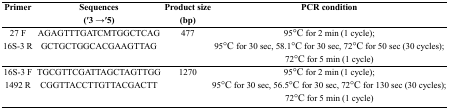
<table><thead><tr><td><b>Primer</b></td><td><b>Sequences (′3 → ′5)</b></td><td><b>Product size (bp)</b></td><td><b>PCR condition</b></td></tr></thead><tbody><tr><td>27 F16S-3 R</td><td>AGAGTTTGATCMTGGCTCAGGCTGCTGGCACGAAGTTAG</td><td>477</td><td>95°C for 2 min (1 cycle);95°C for 30 sec, 58.1°C for 30 sec, 72°C for 50 sec (30 cycles);72°C for 5 min (1 cycle)</td></tr><tr><td>16S-3 F1492 R</td><td>TGCGTTCGATTAGCTAGTTGGCGGTTACCTTGTTACGACTT</td><td>1270</td><td>95°C for 2 min (1 cycle); 95°C for 30 sec, 56.5°C for 30 sec, 72°C for 130 sec (30 cycles);72°C for 5 min (1 cycle)</td></tr></tbody></table>